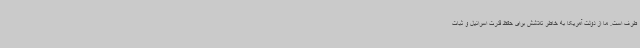
طرف است. ما از دولت آمریکا به خاطر تلاشش برای حفظ قدرت اسرائیل و ثبات